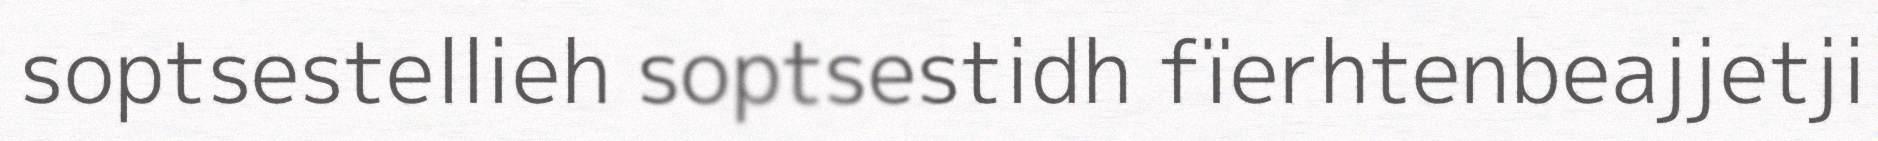
soptsestellieh soptsestidh fïerhtenbeajjetji